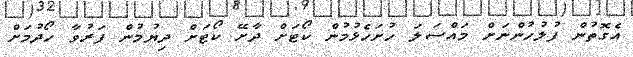
އެގޮތުން ފުލުހުންނަށް މައްސަލަ ހުށަހެޅުމުން ކޯޓަށް ދާށޭ ކޯޓަށް ދިޔުމުން ފަރުވާ ހޯދުމަށް